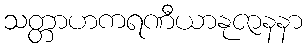
သတ္တာဟကရဏီယာနုဇာနနာ